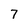
Character: 7